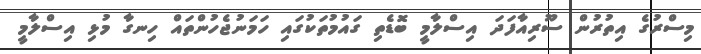
މިސްރުގެ އިތުރުން ސޫރިއާފަދަ އިސްލާމީ ބޮޑެތި ގައުމުތަކުގައި ހަމަނުޖެހުންތައް ހިނގާ މުޅި އިސްލާމީ